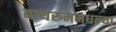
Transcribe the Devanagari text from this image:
बाथरुममधल्‍या